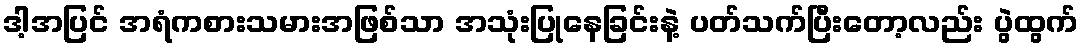
ဒါ့အပြင် အရံကစားသမားအဖြစ်သာ အသုံးပြုနေခြင်းနဲ့ ပတ်သက်ပြီးတော့လည်း ပွဲထွက်